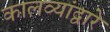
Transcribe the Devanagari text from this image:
कालव्यांद्वारे